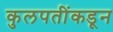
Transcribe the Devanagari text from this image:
कुलपतींकडून